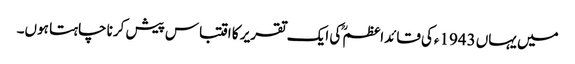
میں یہاں 1943ءکی قائداعظمؒ کی ایک تقریر کا اقتباس پیش کرنا چاہتا ہوں۔